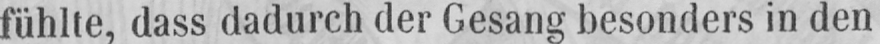
fühlte, dass dadurch der Gesang besonders in den